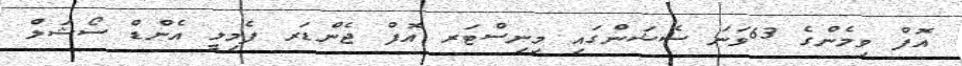
އޮފް ވިމެންގެ 63ވަނަ ސެޝަންގައި މިނިސްޓަރ އޮފް ޖެންޑަރ ފެމިލީ އެންޑް ސޯޝަލް